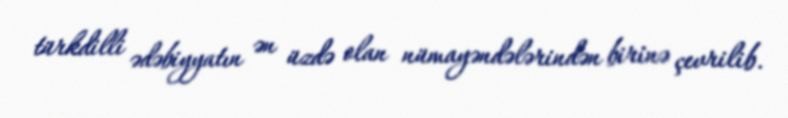
türkdilli ədəbiyyatın ən üzdə olan nümayəndələrindən birinə çevrilib.